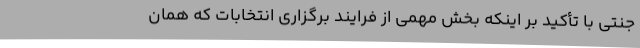
جنتی با تأکید بر اینکه بخش مهمی از فرایند برگزاری انتخابات که همان